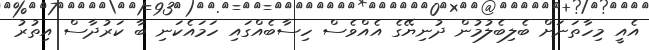
އެއީ މިހާތަނަށް ބެލިބެލުމުން ދުނިޔޭގެ އެއްވެސް ހިސާބެއްގައި ހަމައެކަނި ބާ ކަރުދާސް އިތުރު